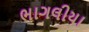
ભાગલીયા